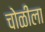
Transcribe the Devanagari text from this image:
चोळीला